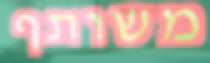
משותף